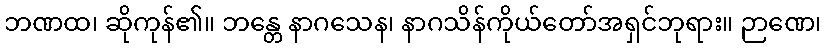
ဘဏထ၊ ဆိုကုန်၏။ ဘန္တေ နာဂသေန၊ နာဂသိန်ကိုယ်တော်အရှင်ဘုရား။ ဉာဏေ၊